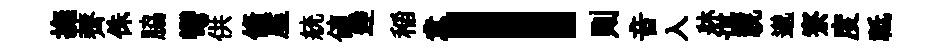
撫薺侏脇彎供翛厪統值逹稲意！則音入牀谌視邈寮度祗